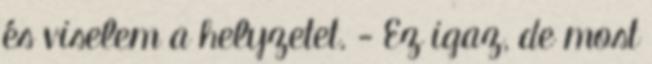
és viselem a helyzetet. - Ez igaz, de most